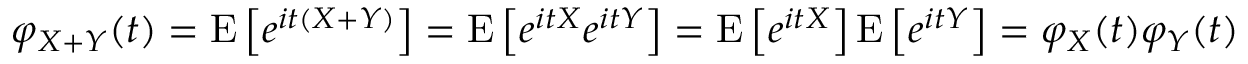
\varphi _ { X + Y } ( t ) = \operatorname { E } \left[ e ^ { i t ( X + Y ) } \right] = \operatorname { E } \left[ e ^ { i t X } e ^ { i t Y } \right] = \operatorname { E } \left[ e ^ { i t X } \right] \operatorname { E } \left[ e ^ { i t Y } \right] = \varphi _ { X } ( t ) \varphi _ { Y } ( t )